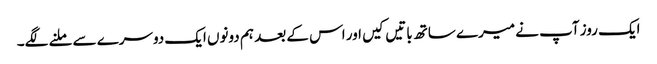
ایک روز آپ نے میرے ساتھ باتیں کیں اور اس کے بعد ہم دونوں ایک دوسرے سے ملنے لگے۔